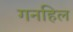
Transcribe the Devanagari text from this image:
गनहिल